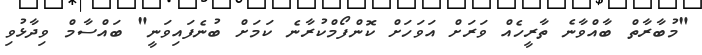
"މުބާރާތް ބާއްވާނެ ތާރީހެއް ވަރަށް އަވަހަށް ކޮންފޯމްކުރާނެ ކަމަށް ބުނެފައިވަނީ" ބައްސާމް ވިދާޅުވި